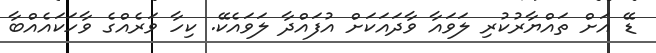
ޑޭ އަށް ތައްޔާރުކުރި ލަވައާ ވާދައަކަށް އުފައްދާ ލަވައެކޭ. ކިހާ ވަރެއްގެ ވާހަކައެއްބާ